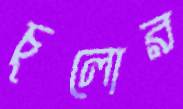
চুলোর